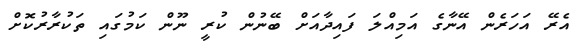
އެރޭ އަހަރެން އޭނާގެ އަމިއްލަ ފައިދާއަށް ބޭނުން ކުރީ ނޫން ކަމުގައި ތަކުރާރުކޮށް